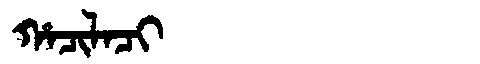
Manchu: ᡥᠠᠴᡳᠯᠠᠴᡳ
Romanization: HACILACI